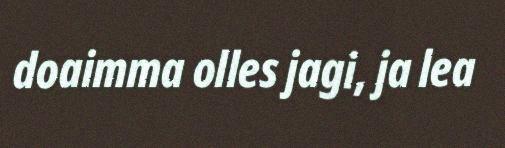
doaimma olles jagi, ja lea